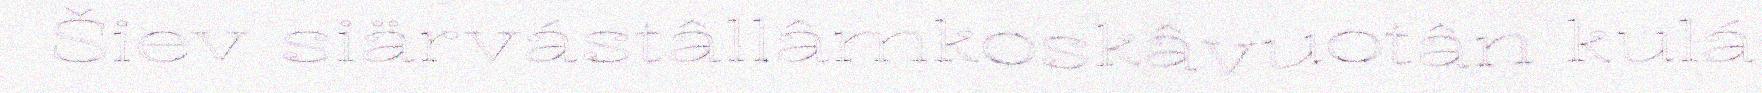
Šiev siärvástâllâmkoskâvuotân kulá